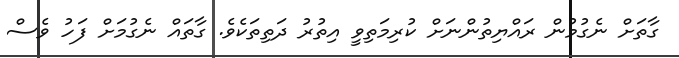
ގާތަށް ނެގުމުން ރައްޔިތުންނަށް ކުރިމަތިވީ އިތުރު ދަތިތަކެވެ. ގާތައް ނެގުމަށް ފަހު ވެސް